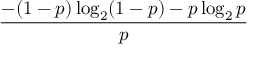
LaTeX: \frac { - ( 1 - p ) \log _ { 2 } ( 1 - p ) - p \log _ { 2 } p } { p }